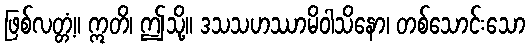
ဖြစ်လတ္တံ့။ ဣတိ၊ ဤသို့။ ဒသသဟဿာမိဝါသိနော၊ တစ်သောင်းသော